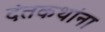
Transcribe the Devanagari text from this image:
दंतकथांना